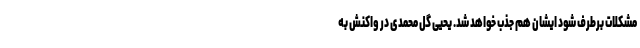
مشکلات برطرف شود ایشان هم جذب خواهد شد. یحیی گل محمدی در واکنش به